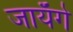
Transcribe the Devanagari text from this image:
जायॅगे